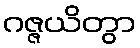
ဂဇ္ဇယိတွာ